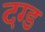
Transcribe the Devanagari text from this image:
दग्ड